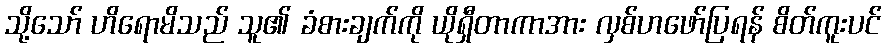
သို့သော် ဟိရောမိသည် သူ၏ ခံစားချက်ကို ယိုရှီတာကာအား လှစ်ဟဖော်ပြရန် စိတ်ကူးပင်